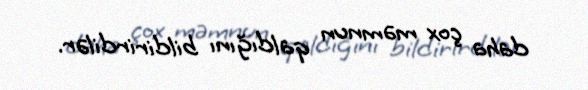
daha çox məmnun qaldığını bildirirdilər.